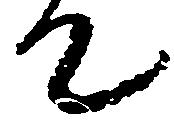
て